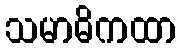
သမာဓိကထာ